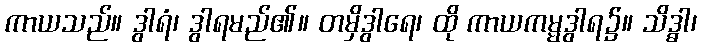
ကာယသည်။ ဒွါရံ၊ ဒွါရမည်၏။ တမှိဒွါရေ၊ ထို ကာယကမ္မဒွါရ၌။ သိဒ္ဓာ၊